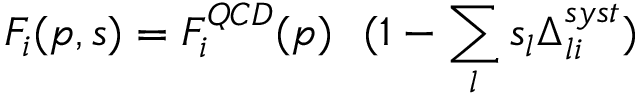
F _ { i } ( p , s ) = F _ { i } ^ { Q C D } ( p ) ~ ~ ( 1 - \sum _ { l } s _ { l } \Delta _ { l i } ^ { s y s t } )